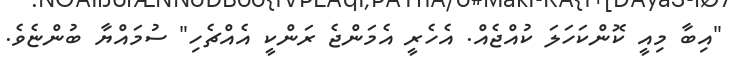
"އިބާ މިއީ ކޮންކަހަލަ ކުއްޖެއް. އެހެރީ އެމަންޖެ ރަންކީ އެއްޗެހި" ސުމައްޔާ ބުންޏެވެ.